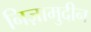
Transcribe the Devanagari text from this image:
निज़ामुदीन